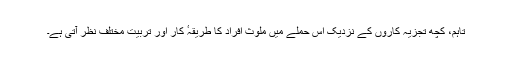
تاہم، کچھ تجزیہ کاروں کے نزدیک اِس حملے میں ملوث افراد کا طریقہٴ کار اور تربیت مختلف نظر آتی ہے۔